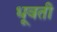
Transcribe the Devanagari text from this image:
धूवती